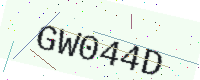
Text: GW044D